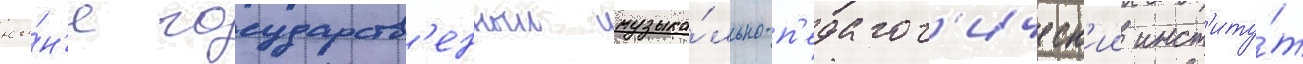
ны́н'е государств'енныи музыка́льно-п'едагог'ическ'ии инст'иту́т